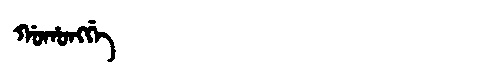
Manchu: ᡤᠣᡥᠣᠩᡤᡝ
Romanization: GOHONGGE